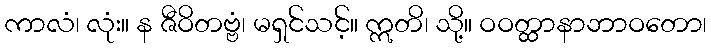
ကာလံ၊ လုံး။ န ဇီဝိတဗ္ဗံ၊ မရှင်သင့်။ ဣတိ၊ သို့။ ဝဝတ္ထာနာဘာဝတော၊